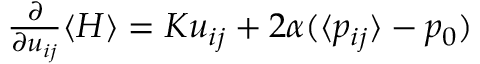
\begin{array} { r } { \frac { \partial } { \partial u _ { i j } } \langle H \rangle = K u _ { i j } + 2 \alpha ( \langle p _ { i j } \rangle - p _ { 0 } ) } \end{array}